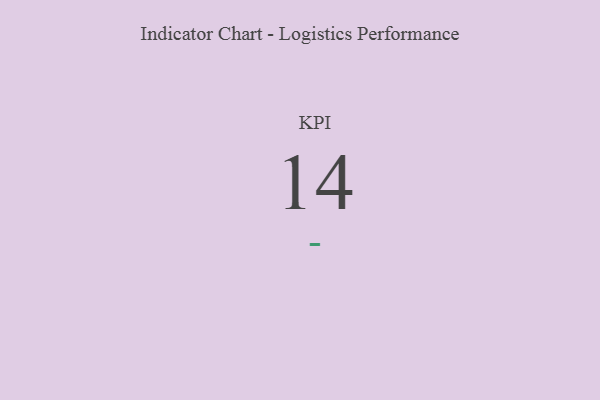
{"axis": {"x": "KPI", "y": "Value"}, "legend": [""], "data": [{"x": "KPI", "y": 14, "type": ""}]}